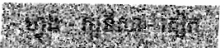
ហ្វុង - សួនីសា - គៀត